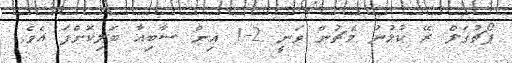
ޕޯޗުގަލް ރޭ ކުޅުނު މެޗުން ވަނީ 2-1 އިން ސާބިއާ ބަލިކޮށްފަ އެވެ.